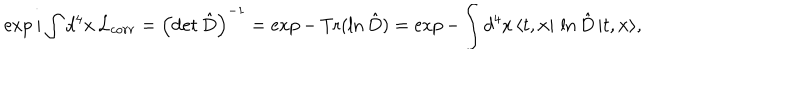
LaTeX: \exp i \int d ^ { 4 } x \, { \cal L } _ { c o r r } = \left( \mathrm { d e t } \, { \hat { D } } \right) ^ { - 1 } = \exp - \, \mathrm { T r } ( \ln { \hat { D } } ) = \exp - \int d ^ { 4 } x \, \langle t , { \bf x } \vert \, \ln { \hat { D } } \, \vert t , { \bf x } \rangle ,